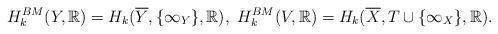
LaTeX: \begin{align*}H^{BM}_k(Y,\mathbb{R}) = H_k(\overline{Y}, \{\infty_Y\},\mathbb{R}), \ H^{BM}_k(V,\mathbb{R}) = H_k(\overline{X}, T \cup \{\infty_X\},\mathbb{R}).\end{align*}